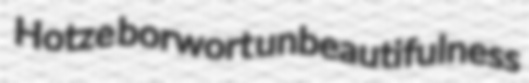
Hotze borwort unbeautifulness